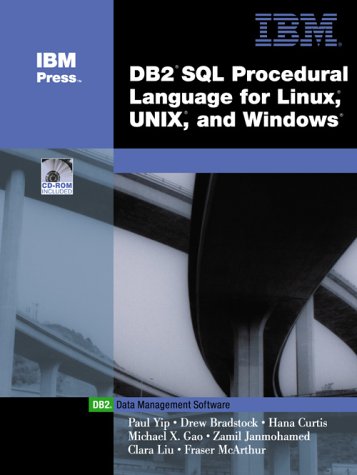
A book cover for DB2(R) SQL Procedure Language for Linux, UNIX and Windows (IBM DB2 Certification Guide Series); Paul Yip; Computers & Technology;